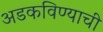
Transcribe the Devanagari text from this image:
अडकविण्याची